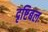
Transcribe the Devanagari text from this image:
दृष्टिबल